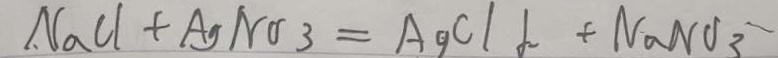
N a C l + A g N O _ { 3 } = A g C l \downarrow + N a N O _ { 3 }